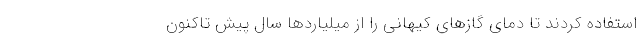
استفاده کردند تا دمای گازهای کیهانی را از میلیاردها سال پیش تاکنون